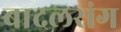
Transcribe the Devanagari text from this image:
बादलरांग